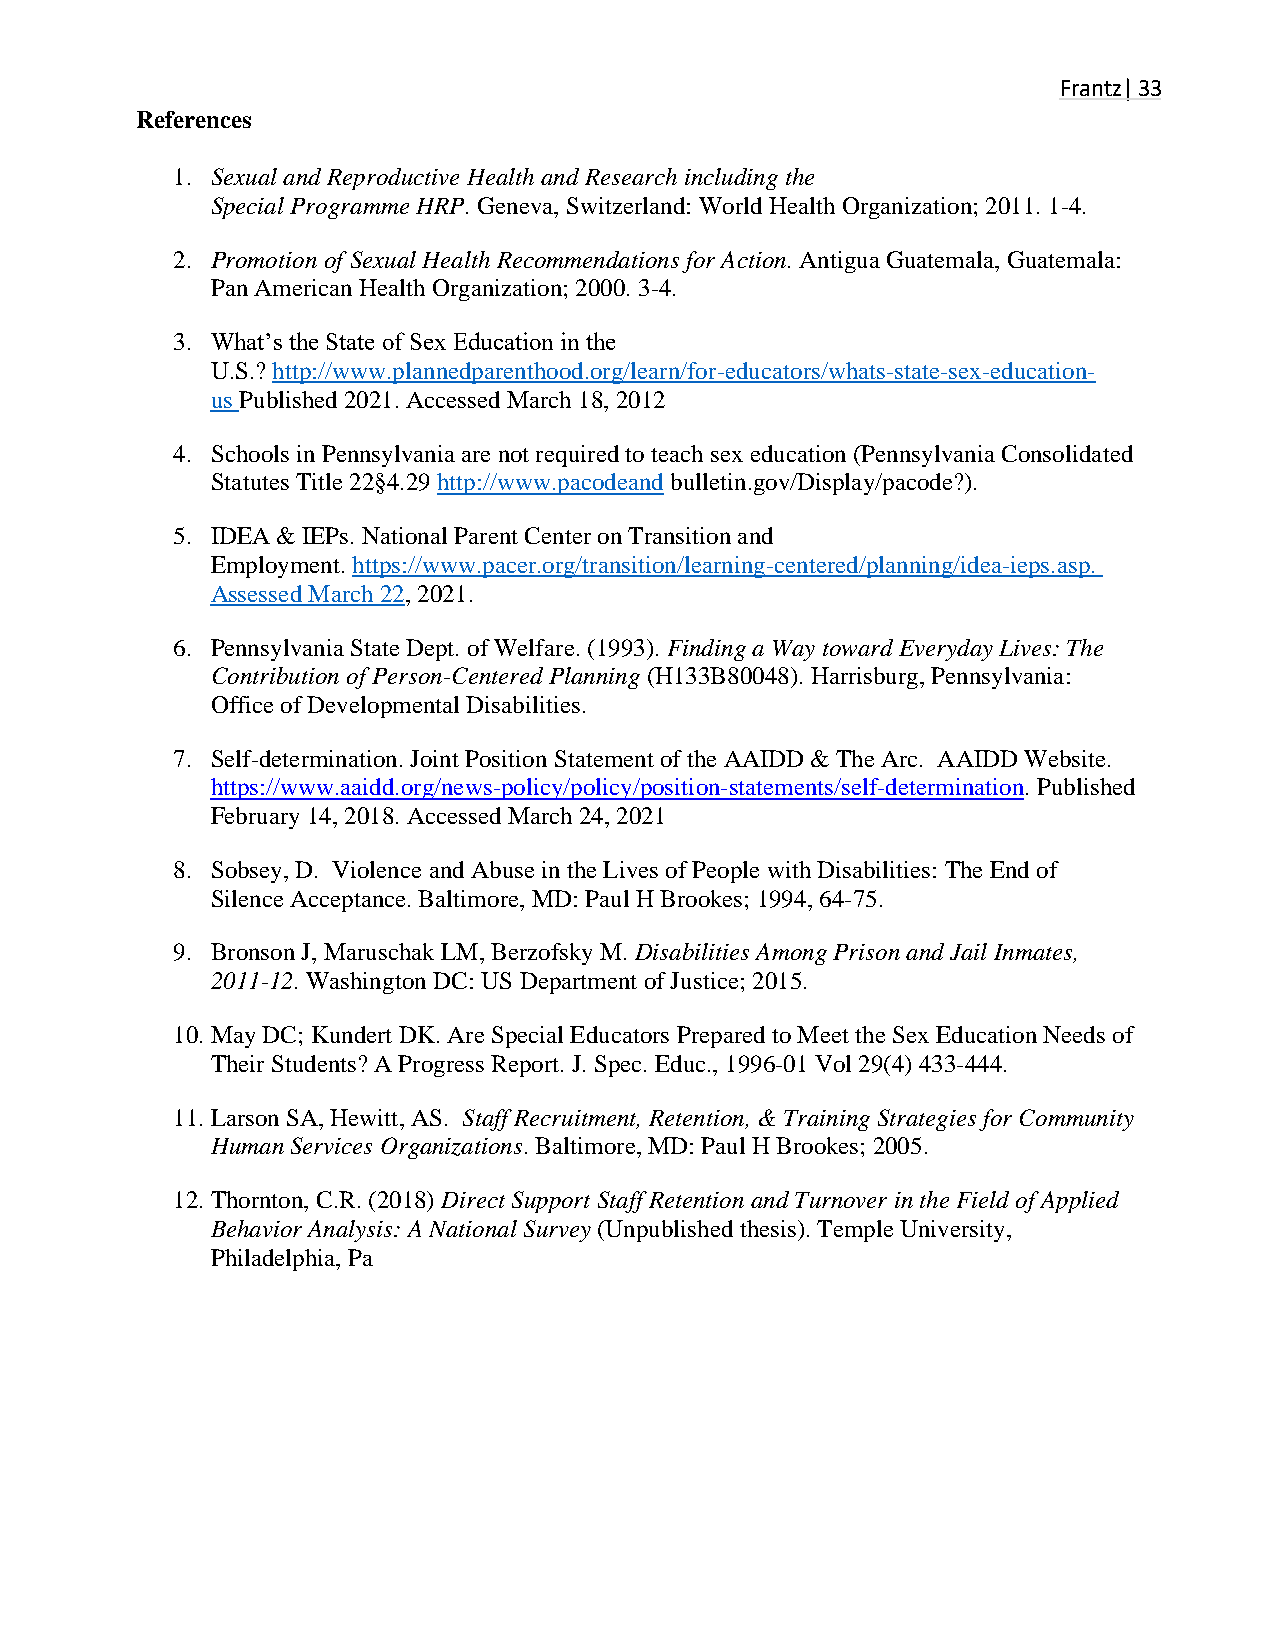
Frantz| 33
 References                                                      Frantz
 | 33
 1. Sexual and Reproductive Health and Research including the
 Special Programme HRP. Geneva, Switzerland: World Health Organization; 2011. 1-4.
 2. Promotion of Sexual Health Recommendations for Action. Antigua Guatemala, Guatemala:
 Pan American Health Organization; 2000. 3-4.
 3. What’s the State of Sex Education in the
 U.S.? http://www.plannedparenthood.org/learn/for-educators/whats-state-sex-education-
 us Published 2021. Accessed March 18, 2012
 4. Schools in Pennsylvania are not required to teach sex education (Pennsylvania Consolidated
 Statutes Title 22§4.29 http://www.pacodeand bulletin.gov/Display/pacode?).
 5. IDEA & IEPs. National Parent Center on Transition and
 Employment. https://www.pacer.org/transition/learning-centered/planning/idea-ieps.asp.
 Assessed March 22, 2021.
 6. Pennsylvania State Dept. of Welfare. (1993). Finding a Way toward Everyday Lives: The
 Contribution of Person-Centered Planning (H133B80048). Harrisburg, Pennsylvania:
 Office of Developmental Disabilities.
 7. Self-determination. Joint Position Statement of the AAIDD & The Arc. AAIDD Website.
 https://www.aaidd.org/news-policy/policy/position-statements/self-determination. Published
 February 14, 2018. Accessed March 24, 2021
 8. Sobsey, D. Violence and Abuse in the Lives of People with Disabilities: The End of
 Silence Acceptance. Baltimore, MD: Paul H Brookes; 1994, 64-75.
 9. Bronson J, Maruschak LM, Berzofsky M. Disabilities Among Prison and Jail Inmates,
 2011-12. Washington DC: US Department of Justice; 2015.
 10. May DC; Kundert DK. Are Special Educators Prepared to Meet the Sex Education Needs of
 Their Students? A Progress Report. J. Spec. Educ., 1996-01 Vol 29(4) 433-444.
 11. Larson SA, Hewitt, AS. Staff Recruitment, Retention, & Training Strategies for Community
 Human Services Organizations. Baltimore, MD: Paul H Brookes; 2005.
 12. Thornton, C.R. (2018) Direct Support Staff Retention and Turnover in the Field of Applied
 Behavior Analysis: A National Survey (Unpublished thesis). Temple University,
 Philadelphia, Pa